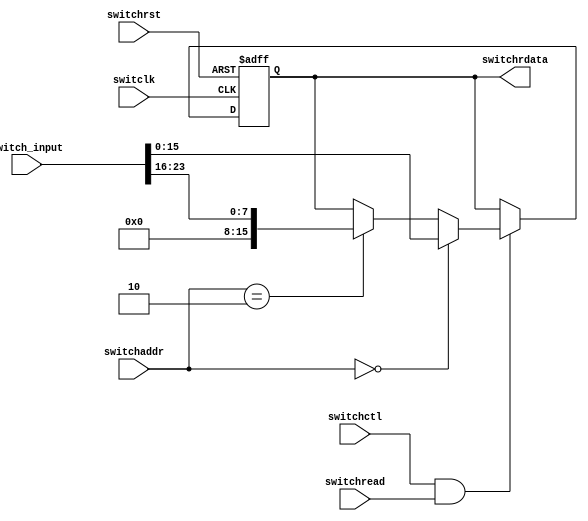
`timescale 1ns / 1ps
//////////////////////////////////////////////////////////////////////////////////
// Company: Southern University of Science and Technology 
// Engineer: 
// 
// Module Name: CPU_TOP
// Project Name: MIPS Single Cycle CPU
// Target Devices: Xilinx Board. Tested on MINISYS.
// Description: 
// 
//////////////////////////////////////////////////////////////////////////////////

module SwitchDriver(switclk, switchrst, switchread, switchctl,switchaddr, switchrdata, switch_input);
    input switclk;			        //  
    input switchrst;			        //  
    input switchctl;			        //  memorioswitch  !!!!!!!!!!
    input[1:0] switchaddr;		    //  switch??  !!!!!!!!!!!!!!!
    input switchread;			    //  controller 
    output [15:0] switchrdata;	    //  CPU??????16??
    input [23:0] switch_input;		    //  24

    reg [15:0] switchrdata;
    always@(negedge switclk or posedge switchrst) begin
        if(switchrst) begin
            switchrdata <= 0;
        end
		else if(switchctl && switchread) begin
			if(switchaddr==2'b00)
				switchrdata[15:0] <= switch_input[15:0];   // data output,lower 16 bits non-extended
			else if(switchaddr==2'b10)
				switchrdata[15:0] <= { 8'h00, switch_input[23:16] }; //data output, upper 8 bits extended with zero
			else 
				switchrdata <= switchrdata;
        end
		else begin
            switchrdata <= switchrdata;
        end
    end
endmodule